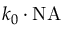
k _ { 0 } \cdot \mathrm { N A }